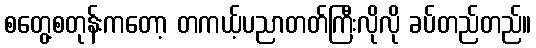
စတွေ့စတုန်းကတော့ တကယ့်ပညာတတ်ကြီးလိုလို ခပ်တည်တည်။